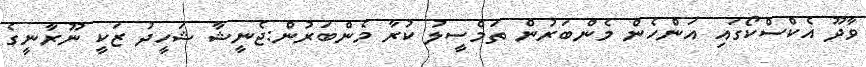
ވާދޫ އެކްސްކޯގައި އަންހެން މެންބަރުން ތަމްސީލު ކުރާ މެންބަރުން:ޖެނީޝާ ޝަހީދު ޒަކީ ނޫރާނީގެ